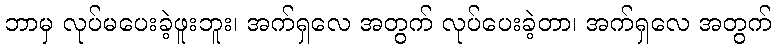
ဘာမှ လုပ်မပေးခဲ့ဖူးဘူး၊ အက်ရှလေ အတွက် လုပ်ပေးခဲ့တာ၊ အက်ရှလေ အတွက်